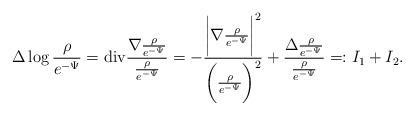
LaTeX: \begin{align*}\begin{aligned}\Delta\log\frac{\rho}{e^{-\Psi}}=\mbox{div}\frac{\nabla\frac{\rho}{e^{-\Psi}}}{\frac{\rho}{e^{-\Psi}}}=-\frac{\bigg|\nabla\frac{\rho}{e^{-\Psi}}\bigg|^{2}}{\bigg(\frac{\rho}{e^{-\Psi}}\bigg)^{2}}+\frac{\Delta\frac{\rho}{e^{-\Psi}}}{\frac{\rho}{e^{-\Psi}}}=:I_1+I_2. \end{aligned} \end{align*}